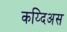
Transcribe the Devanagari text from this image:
कय्दिअस